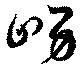
舅